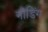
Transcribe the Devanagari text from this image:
नीडिंग